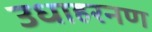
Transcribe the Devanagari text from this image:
उधाहरनण